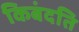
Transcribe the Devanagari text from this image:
किबंदति